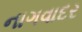
નાગવાદર